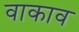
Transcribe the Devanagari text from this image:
वाकाव